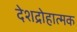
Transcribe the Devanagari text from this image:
देशद्रोहात्मक